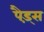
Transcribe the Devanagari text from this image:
पैड़्स